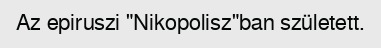
Az epiruszi "Nikopolisz"ban született.